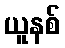
ယူနစ်